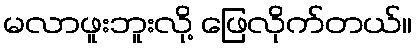
မလာဖူးဘူးလို့ ဖြေလိုက်တယ်။